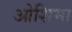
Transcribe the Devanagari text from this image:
ओशिमा